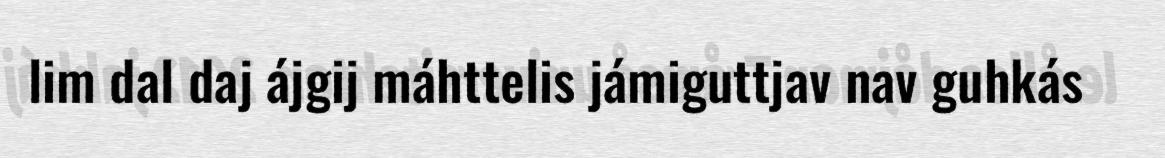
lim dal daj ájgij máhttelis jámiguttjav nav guhkás